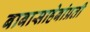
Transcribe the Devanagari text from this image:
बाबासाहेबांप्रती